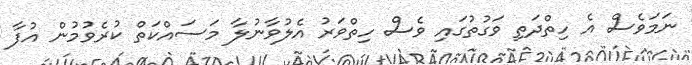
ނަމަވެސް އެ ހިތްދަތި ވަގުތުގައި ވެސް ހިތްވަރު އެލުވާނުލާ މަސައްކަތް ކުރެވުމުން އުފާ